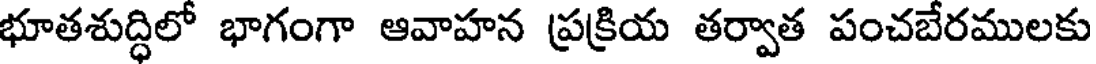
భూతశుద్ధిలో భాగంగా ఆవాహన ప్రక్రియ తర్వాత పంచబేరములకు